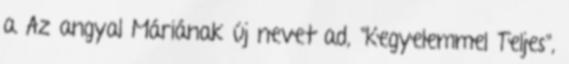
a Az angyal Máriának új nevet ad, "Kegyelemmel Teljes",